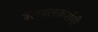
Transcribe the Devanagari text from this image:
बेलवलकरांची